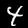
Label: 4